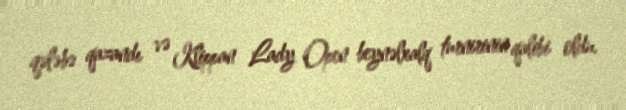
qələbə qazandı və Klippan Lady Open beynəlxalq turnirinin qalibi oldu.